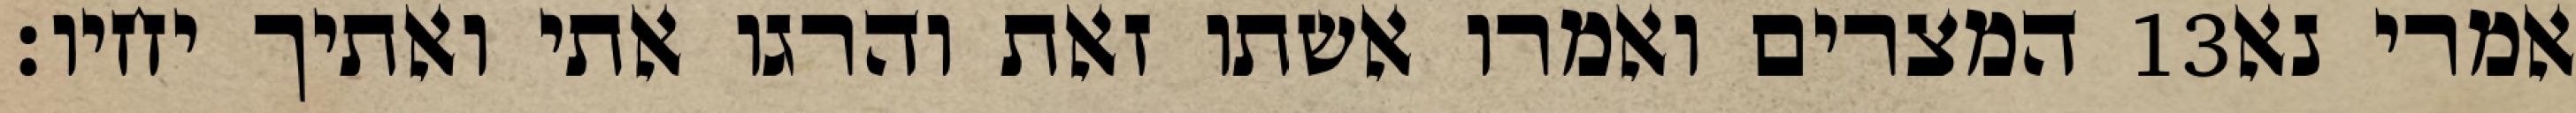
המצרים ואמרו אשתו זאת והרגו אתי ואתיך יחיו׃ ‎13‏ אמרי נא